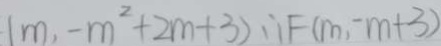
( m , - m ^ { 2 } + 2 m + 3 ) \therefore F ( m , - m + 3 )